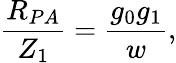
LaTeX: \frac{R_{PA}}{Z_{1}}=\frac{g_{0}g_{1}}{w},